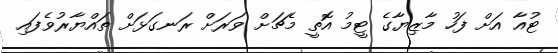
ޓުއާ އަށް ފަހު މާޒިޔާގެ ޓީމު އޮތީ މެޗަށް ވަރަށް ރަނގަޅަށް ތައްޔާރުވެފައި